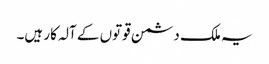
یہ ملک دشمن قوتوں کے آلہ کار ہیں۔